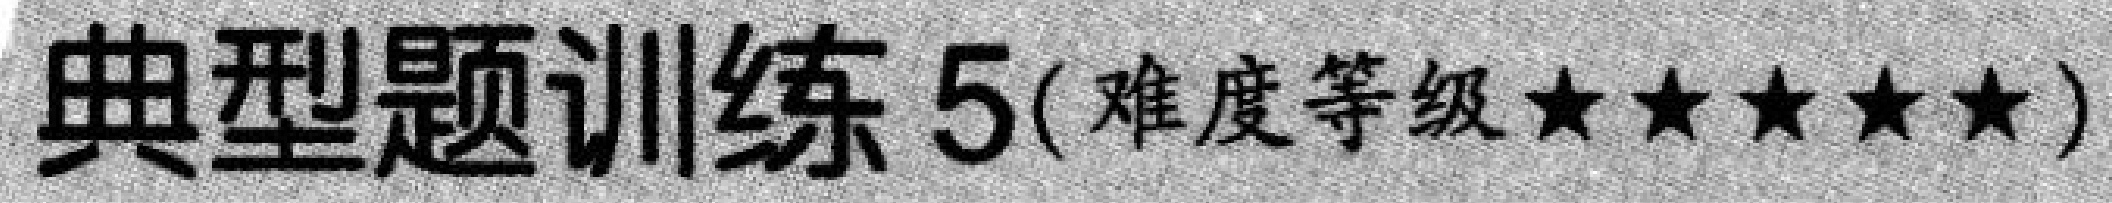
典型题训练5(难度等级$\star\star\star\star\star$)